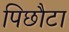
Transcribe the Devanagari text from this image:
पिछौटा